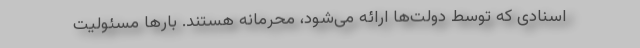
اسنادی که توسط دولت‌ها ارائه می‌شود، محرمانه هستند. بارها مسئولیت